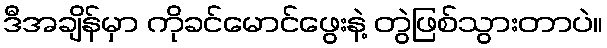
ဒီအချိန်မှာ ကိုခင်မောင်ဖွေးနဲ့ တွဲဖြစ်သွားတာပဲ။